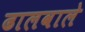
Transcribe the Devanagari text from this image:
ढालवाले